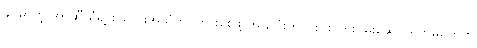
ခိုင်မာတဲ့ အာဆီယံရဲ့ စုပေါင်းအသံကို ကြားစေဖို့ အားလုံးကိုယ်စား ကြိုးပမ်းဆောင်ရွက်မှုတွေကို